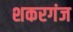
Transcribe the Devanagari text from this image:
शकरगंज